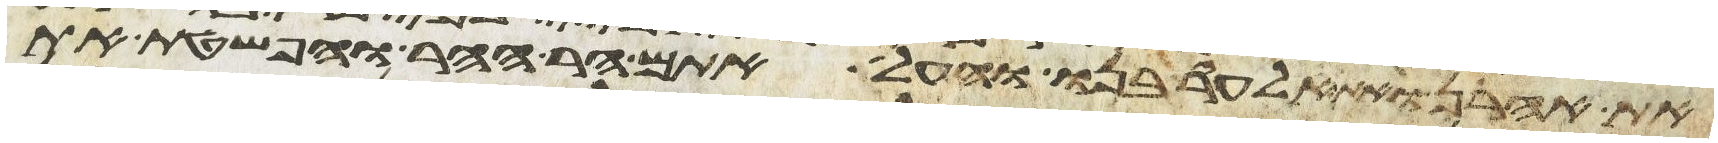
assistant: את אהרן ואת אלעזר בנו והעל אתם הר ההר והפשטת את